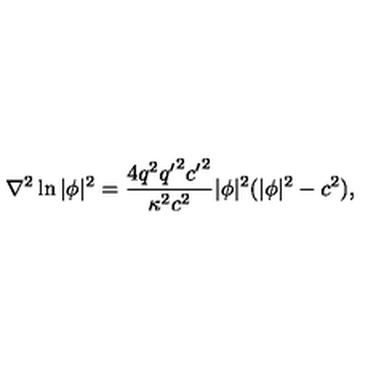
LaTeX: \nabla ^ { 2 } \ln | \phi | ^ { 2 } = \frac { 4 q ^ { 2 } { q ^ { \prime } } ^ { 2 } { c ^ { \prime } } ^ { 2 } } { \kappa ^ { 2 } c ^ { 2 } } | \phi | ^ { 2 } ( | \phi | ^ { 2 } - c ^ { 2 } ) ,